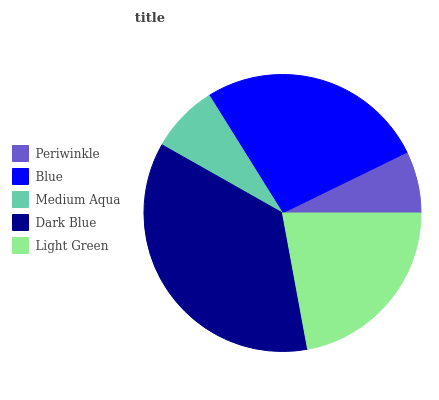
| Periwinkle | Blue | Medium Aqua | Dark Blue | Light Green |
 | --- | --- | --- | --- | --- |
 | 7.23% | 26.6% | 7.94% | 36.1% | 22.1% |